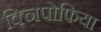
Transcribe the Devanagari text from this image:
क्निपोफिया